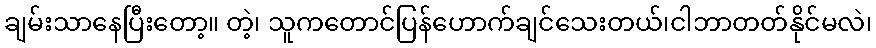
ချမ်းသာနေပြီးတော့။ တဲ့၊ သူကတောင်ပြန်ဟောက်ချင်သေးတယ်၊ငါဘာတတ်နိုင်မလဲ၊